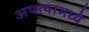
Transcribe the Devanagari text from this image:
अपत्यामध्ये